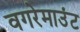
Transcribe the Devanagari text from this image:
वगरेमाउंट